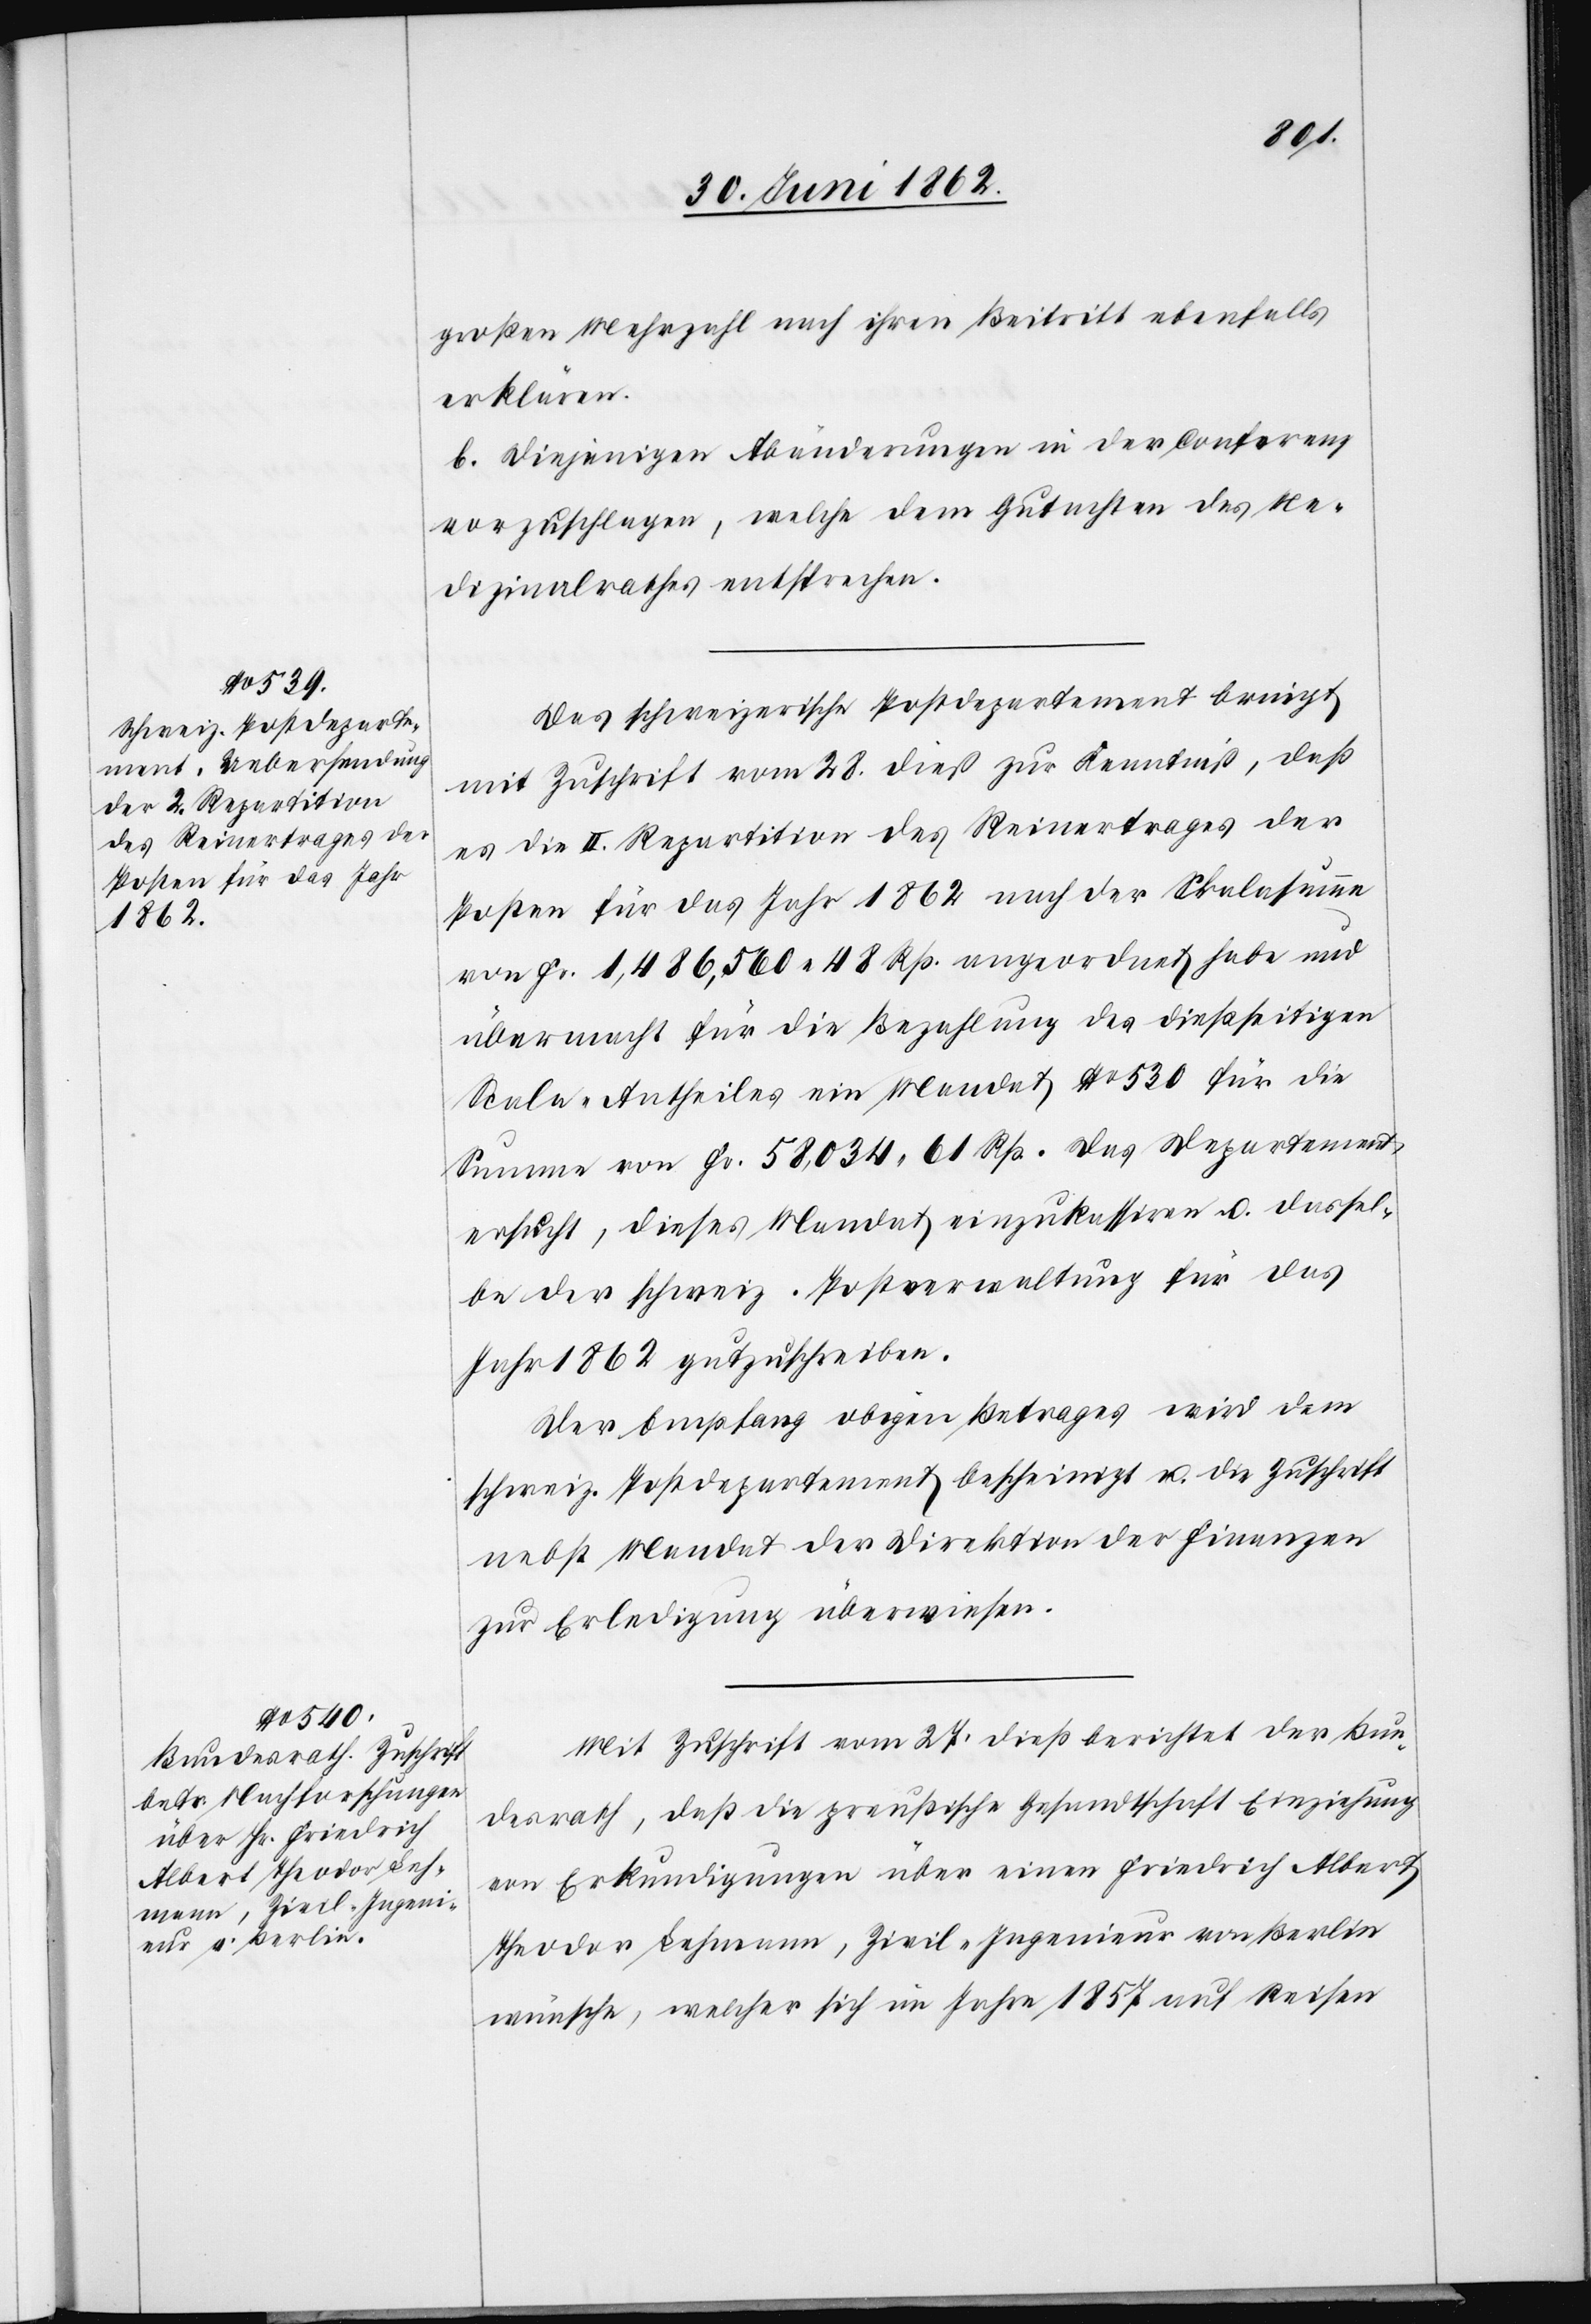
großen Mehrheit nach ihren Beitritt ebenfalls
erklären.
b. Diejenigen Abänderungen in der Conferenz
vorzuschlagen, welche dem Gutachten des Me¬
dizinalrathes entsprechen.
Das schweizerische Postdepartement bringt
mit Zuschrift vom 28. dieß zur Kenntniß, daß
es die II. Repartition des Reinertrages der
Posten für das Jahr 1862 nach der Skalasumme
von Fr. 1,4896,560 48 Rp. angeordnet habe und
übermacht für die Bezahlung des dießseitigen
Scala-Antheiles ein Mandat No 530 für die
Summe von Fr. 58,034 61 Rp. Das Departement
ersucht, dieses Mandat einzukassiren u. dasselbe
bei der schweiz. Postverwaltung für das
Jahr 1862 gutzuschreiben.
Der Empfang obigen Betrages wird dem
schweiz. Postdepartement bescheinigt u. die Zuschrift
nebst Mandat der Direktion der Finanzen
zur Erledigung überwiesen.
Mit Zuschrift vom 27. dieß berichtet der Bun¬
desrath, daß die preußische Gesandtschaft Einziehung
von Erkundigungen über einen Friedrich Albert
Theodor Lehmann, Zivil-Ingenieur von Berlin
wünsche, welcher sich im Jahre 1857 auf Reisen